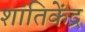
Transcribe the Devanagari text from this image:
शांतिकेंद्र